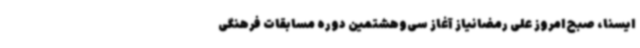
ایسنا، صبح امروز علی رمضانیاز آغاز سی‌وهشتمین دوره مسابقات فرهنگی